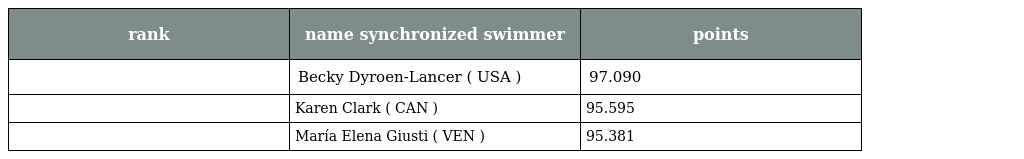
| rank | name synchronized swimmer | points |
 | --- | --- | --- |
 |  | Becky Dyroen-Lancer ( USA ) | 97.090 |
 |  | Karen Clark ( CAN ) | 95.595 |
 |  | María Elena Giusti ( VEN ) | 95.381 |